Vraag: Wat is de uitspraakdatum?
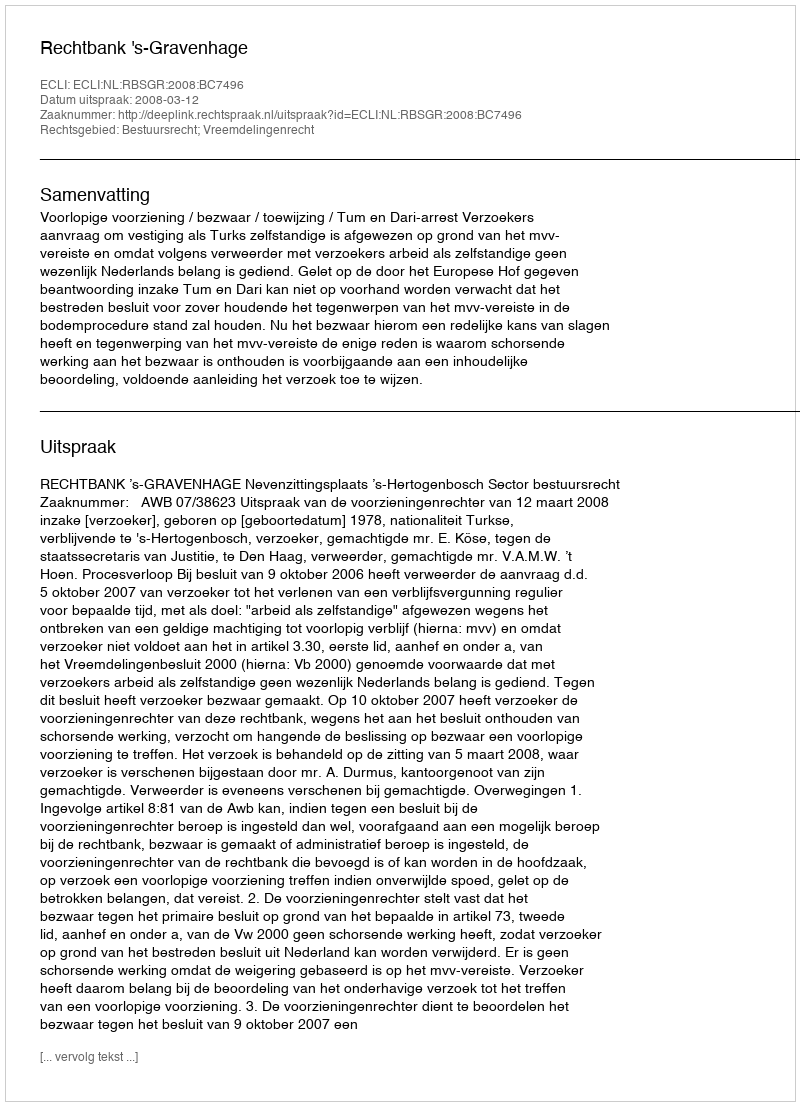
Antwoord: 2008-03-12